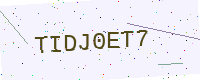
Text: TIDJ0ET7